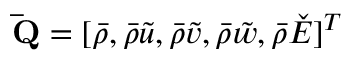
\mathbf { \bar { Q } } = [ \bar { \rho } , \bar { \rho } \tilde { u } , \bar { \rho } \tilde { v } , \bar { \rho } \tilde { w } , \bar { \rho } \check { E } ] ^ { T }